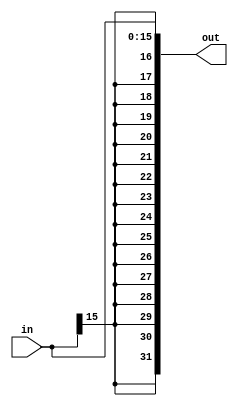
module extensor16_32(in,out);
	input[15:0] in;
	output wire[31:0] out;
	reg[31:0] outReg;
	assign out = outReg;
	always @(*)
		outReg <= $signed(in);
endmodule